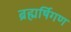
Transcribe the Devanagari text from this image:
ब्रह्मर्षिगण